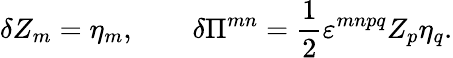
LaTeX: \delta Z_{m}=\eta_{m},\qquad\delta\Pi^{mn}=\frac 12\varepsilon^{mnpq}Z_{p}\eta_{q}.